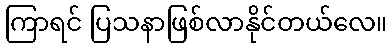
ကြာရင် ပြသနာဖြစ်လာနိုင်တယ်လေ။